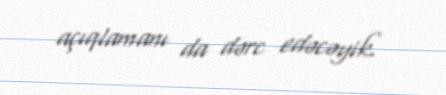
açıqlamanı da dərc edəcəyik.